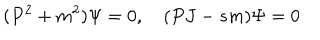
( P ^ { 2 } + m ^ { 2 } ) \Psi = 0 , \quad ( P J - s m ) \Psi = 0